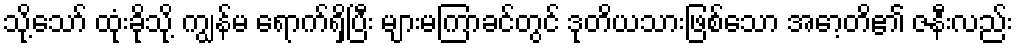
သို့သော် ထုံးခိုသို့ ကျွန်မ ရောက်ရှိပြီး များမကြာခင်တွင် ဒုတိယသားဖြစ်သော အော့တိ၏ ဇနီးလည်း